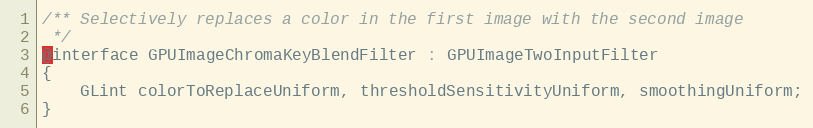
Language: C
/** Selectively replaces a color in the first image with the second image
 */
@interface GPUImageChromaKeyBlendFilter : GPUImageTwoInputFilter
{
    GLint colorToReplaceUniform, thresholdSensitivityUniform, smoothingUniform;
}